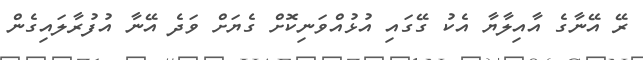
ރޭ އޭނާގެ އާއިލާޔާ އެކު ގޭގައި އުޅުއްވަނިކޮށް ގެޔަށް ވަދެ އޭނާ އުފުރާލައިގެން